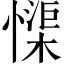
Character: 𱟏